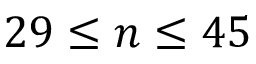
2 9 \leq n \leq 4 5